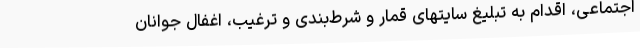
اجتماعی، اقدام به تبلیغ سایتهای قمار و شرط‌بندی و ترغیب، اغفال جوانان